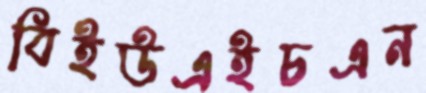
বিইউএইচএন